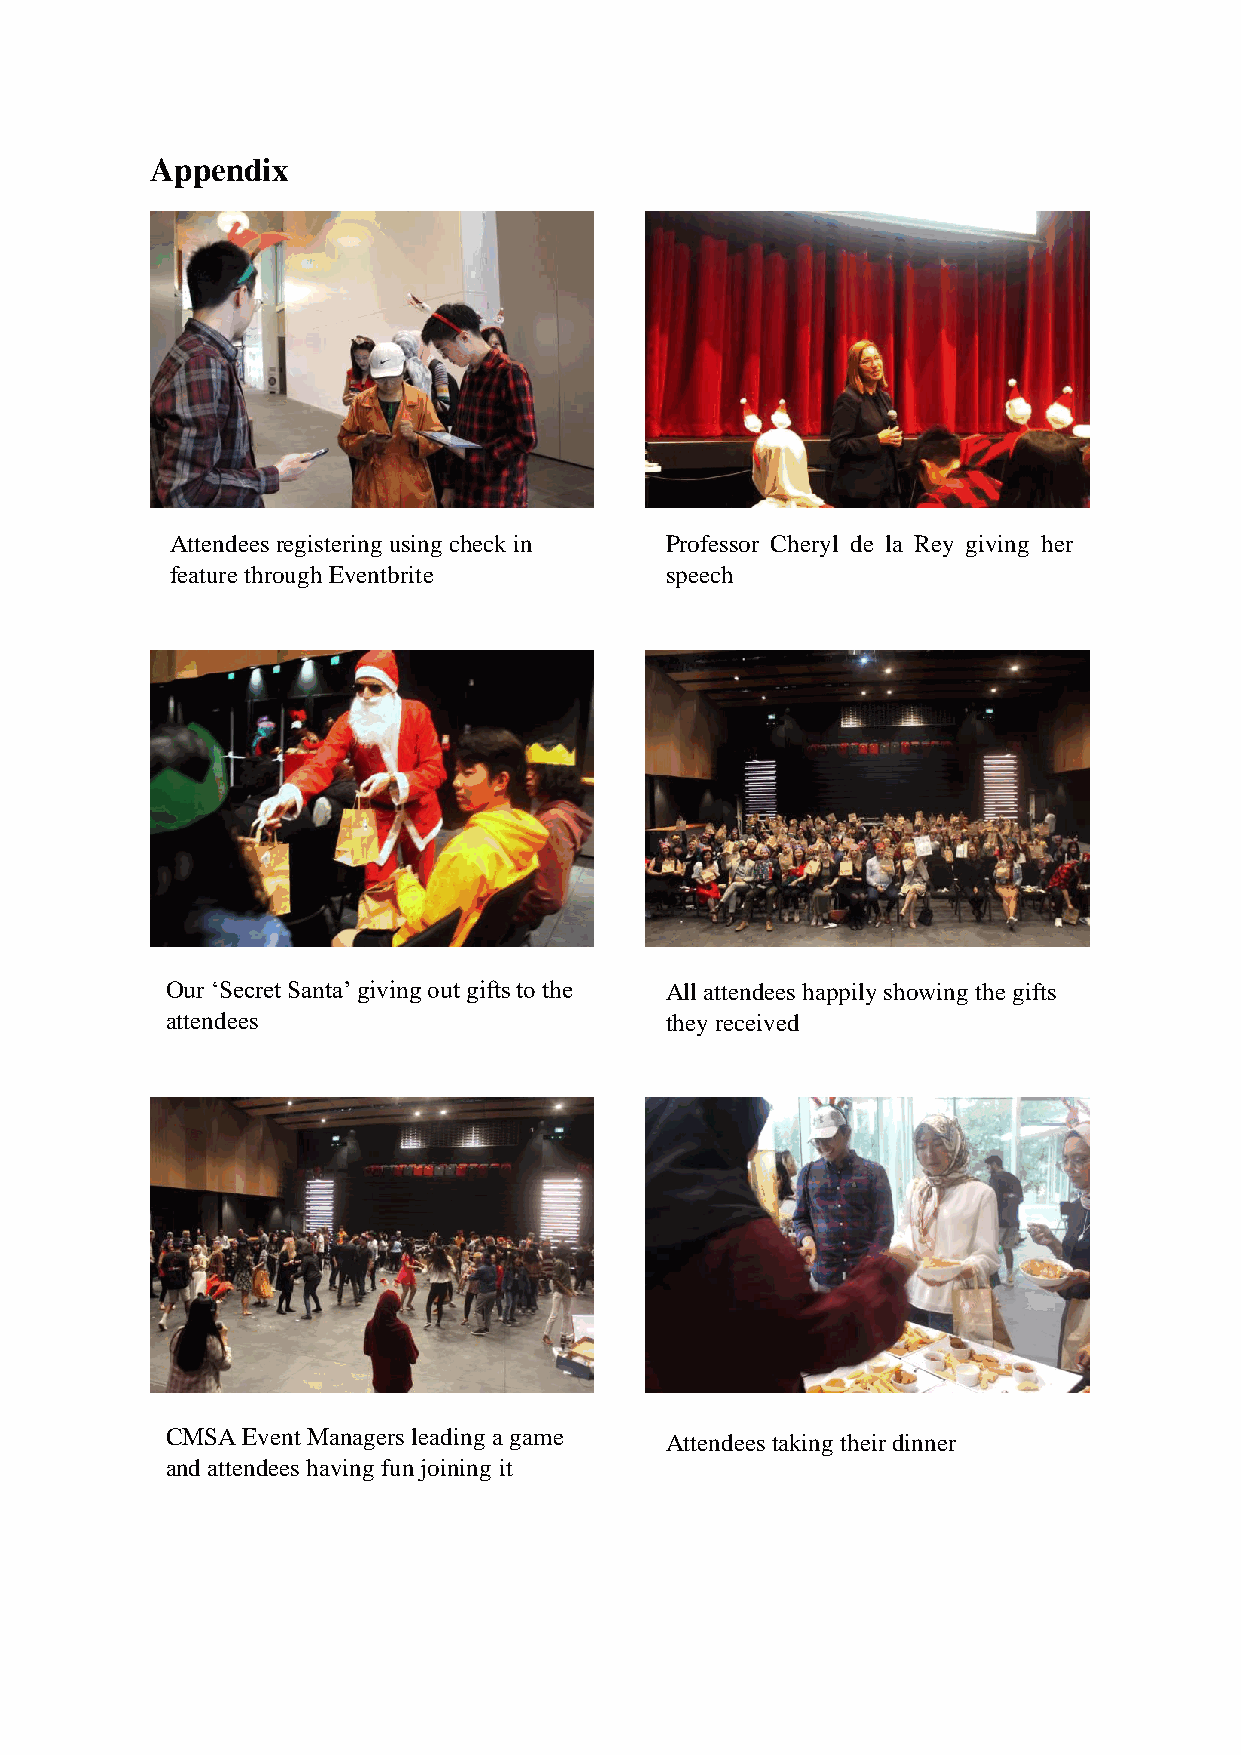
Appendix
 Attendees registering using check in Professor Cheryl de la Rey giving her
 feature through Eventbrite       speech
 Our ‘Secret Santa’ giving out gifts to the All attendees happily showing the gifts
 attendees                        they received
 CMSA Event Managers leading a game Attendees taking their dinner
 and attendees having fun joining it